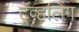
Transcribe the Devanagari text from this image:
ट्रॅव्हलिंग